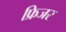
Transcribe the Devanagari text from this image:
फ्रिजर